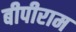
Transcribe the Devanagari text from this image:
बीपीराम